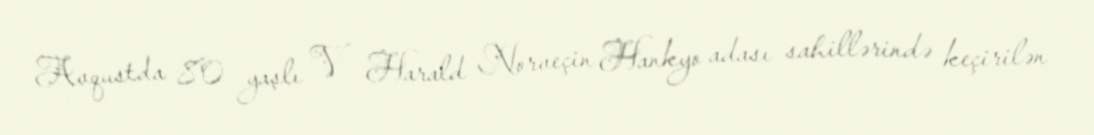
Avqustda 80 yaşlı V Harald Norveçin Hankyo adası sahillərində keçirilən